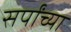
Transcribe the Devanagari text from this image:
सर्पांच्या